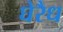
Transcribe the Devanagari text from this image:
घेरैध